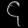
Digit: ၄